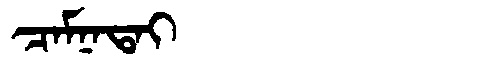
Manchu: ᠴᠠᠮᠨᠠᡨᠠᡳ
Romanization: CAMNATAI